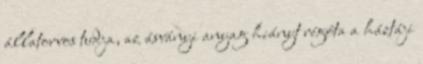
állatorvos tudja, az ásványi anyag hiányt régóta a háztáji